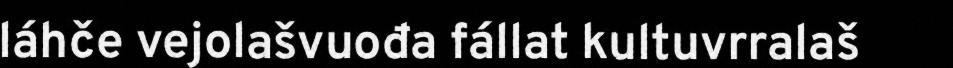
láhče vejolašvuođa fállat kultuvrralaš